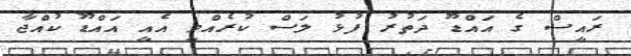
ރައީސް ގެ އައްޑޫ ދަތުރު ފުޅު ލަސް ކުރެއްވީ އެއީ އައްޑޫ ކުއްޖާ